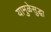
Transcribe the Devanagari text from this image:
यामुळेसुद्धा